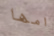
امها